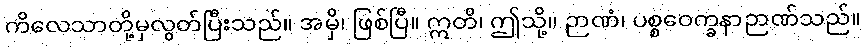
ကိလေသာတို့မှလွတ်ပြီးသည်။ အမှိ၊ ဖြစ်ပြီ။ ဣတိ၊ ဤသို့။ ဉာဏံ၊ ပစ္စဝေက္ခနာဉာဏ်သည်။